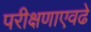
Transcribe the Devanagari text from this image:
परीक्षणाएवढे